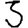
Digit: 3